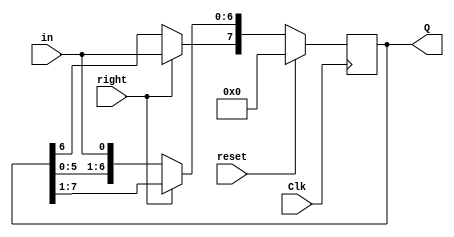
module shift_register_8bit(output reg [7:0]Q,input in,Clk,right,reset);
initial
begin
Q=8'b0;
end
always@(posedge Clk)
begin
if(reset==1)
Q=8'b0;
else if(right==1)//right shift
begin
Q=Q>>1;
Q[7]=in;
end
else if(right==0)//left shift
begin
Q=Q<<1;
Q[0]=in;
end
end
endmodule